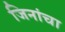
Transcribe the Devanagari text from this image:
जिनांचा